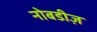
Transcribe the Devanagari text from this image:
नोबडीज़